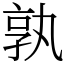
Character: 孰